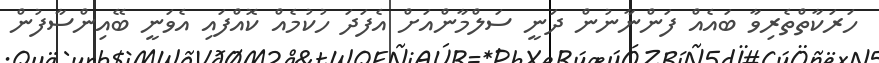
ހަރަކާތްތެރިވާ ބައެއް ފަންނާނުން ދަނީ ސަލްމާންއަށް އެފަދަ ހުކުމެއް ކޮއްފައި އެވަނީ ބޭއިންސާފުން